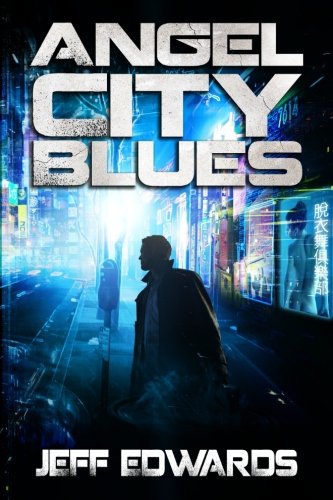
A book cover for Angel City Blues; Jeff Edwards; Science Fiction & Fantasy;